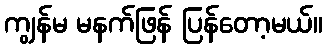
ကျွန်မ မနက်ဖြန် ပြန်တော့မယ်။